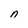
Character: n